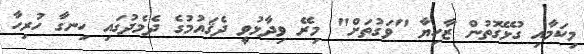
މިކަމާއި ގުޅޭގޮތުން ޒާހިޔާ "ވަގުތަށް" މިރޭ ވިދާޅުވީ ދެޤައުމުގެ ދެމެދުގައި ހިނގާ ހުރިހާ